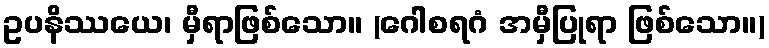
ဥပနိဿယေ၊ မှီရာဖြစ်သော။ (ဂေါစရဂံ အမှီပြုရာ ဖြစ်သော။)